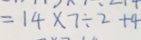
= 1 4 \times 7 \div 2 + 4